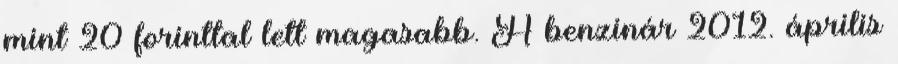
mint 20 forinttal lett magasabb. A benzinár 2012. április